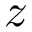
z